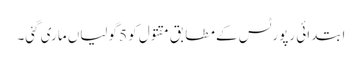
ابتدائی رپورٹس کے مطابق مقتول کو 5 گولیاں ماری گئی۔